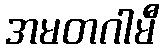
အမတဂါမီ